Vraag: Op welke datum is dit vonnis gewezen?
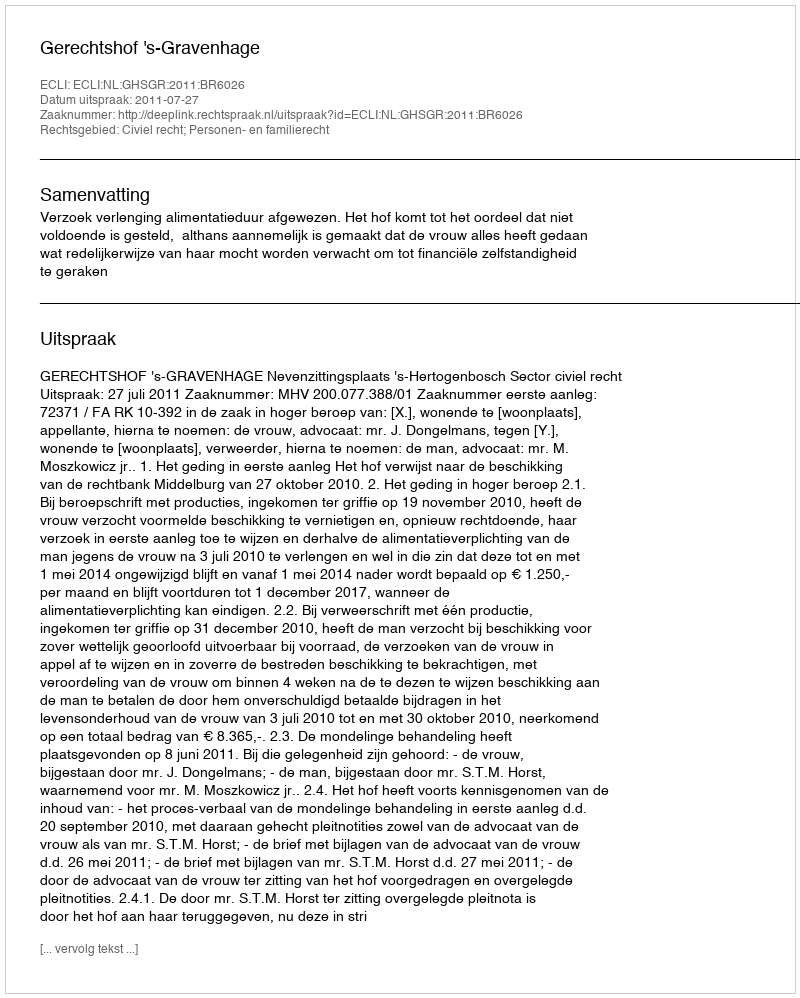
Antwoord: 2011-07-27